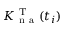
K _ { \mathrm { ~ n ~ a ~ } } ^ { \mathrm { ~ T ~ } } ( t _ { i } )